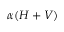
\alpha ( H + V )